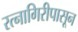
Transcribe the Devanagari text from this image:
रत्‍नागिरीपासून